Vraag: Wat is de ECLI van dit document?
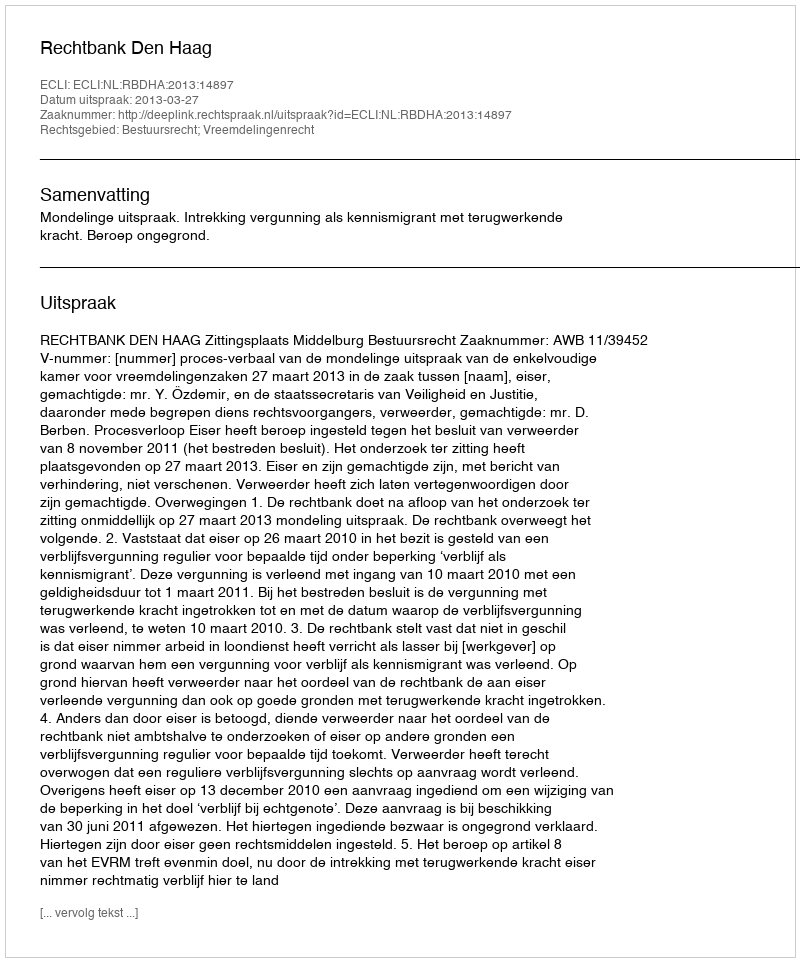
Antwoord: ECLI:NL:RBDHA:2013:14897